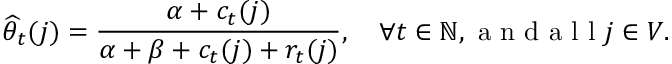
\widehat { \theta } _ { t } ( j ) = \frac { \alpha + c _ { t } ( j ) } { \alpha + \beta + c _ { t } ( j ) + r _ { t } ( j ) } , \quad \forall t \in \mathbb { N } , \mathrm { ~ a ~ n ~ d ~ a ~ l ~ l ~ } j \in V .